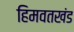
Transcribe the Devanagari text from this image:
हिमवतखंड